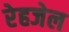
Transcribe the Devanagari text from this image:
रेहजेल